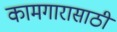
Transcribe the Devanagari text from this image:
कामगारासाठी